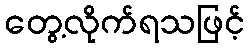
တွေ့လိုက်ရသဖြင့်